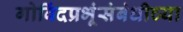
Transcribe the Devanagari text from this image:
गोविंदप्रभूंसंबंधीच्या